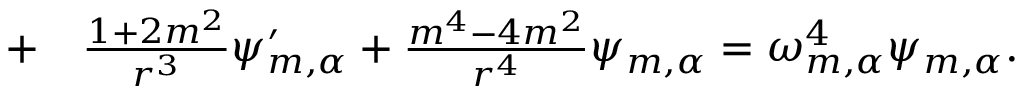
\begin{array} { r l } { + } & { { } \frac { 1 + 2 m ^ { 2 } } { r ^ { 3 } } \psi _ { m , \alpha } ^ { \prime } + \frac { m ^ { 4 } - 4 m ^ { 2 } } { r ^ { 4 } } \psi _ { m , \alpha } = \omega _ { m , \alpha } ^ { 4 } \psi _ { m , \alpha } . } \end{array}